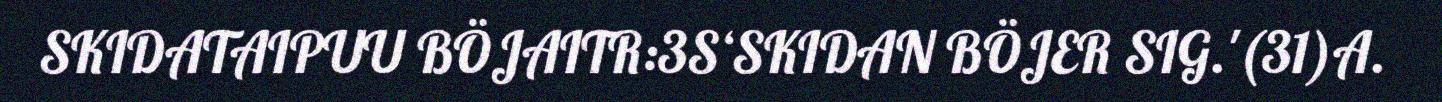
SKIDATAIPUU BÖJAITR:3S‘SKIDAN BÖJER SIG.'(31)A.